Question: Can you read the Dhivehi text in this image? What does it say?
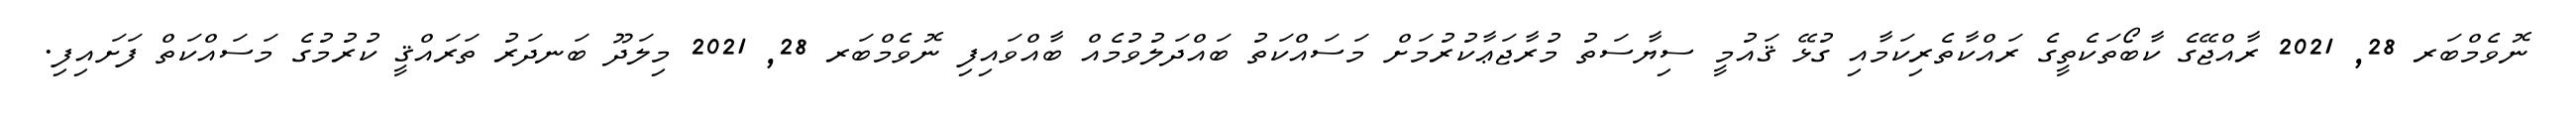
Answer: ނޮވެމްބަރ 28, 2021 ރާއްޖޭގެ ކާބޯތަކެތީގެ ރައްކާތެރިކަމާއި ގުޅޭ ޤައުމީ ސިޔާސަތު މުރާޖަޢާކުރުމަށް މަސައްކަތު ބައްދަލުވުމެއް ބާއްވައިފި ނޮވެމްބަރ 28, 2021 މިލަދޫ ބަނދަރު ތަރައްޤީ ކުރުމުގެ މަސައްކަތް ފަށައިފި.